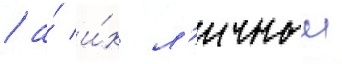
/ а́ и́х л'ичныи